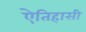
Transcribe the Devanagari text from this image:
ऐतिहासी